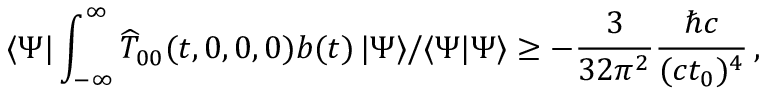
\langle \Psi | \int _ { - \infty } ^ { \infty } { \widehat T } _ { 0 0 } ( t , 0 , 0 , 0 ) b ( t ) \, \d t | \Psi \rangle / \langle \Psi | \Psi \rangle \geq - { \frac { 3 } { 3 2 \pi ^ { 2 } } } { \frac { \hbar c } { ( c t _ { 0 } ) ^ { 4 } } } \, ,